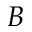
B